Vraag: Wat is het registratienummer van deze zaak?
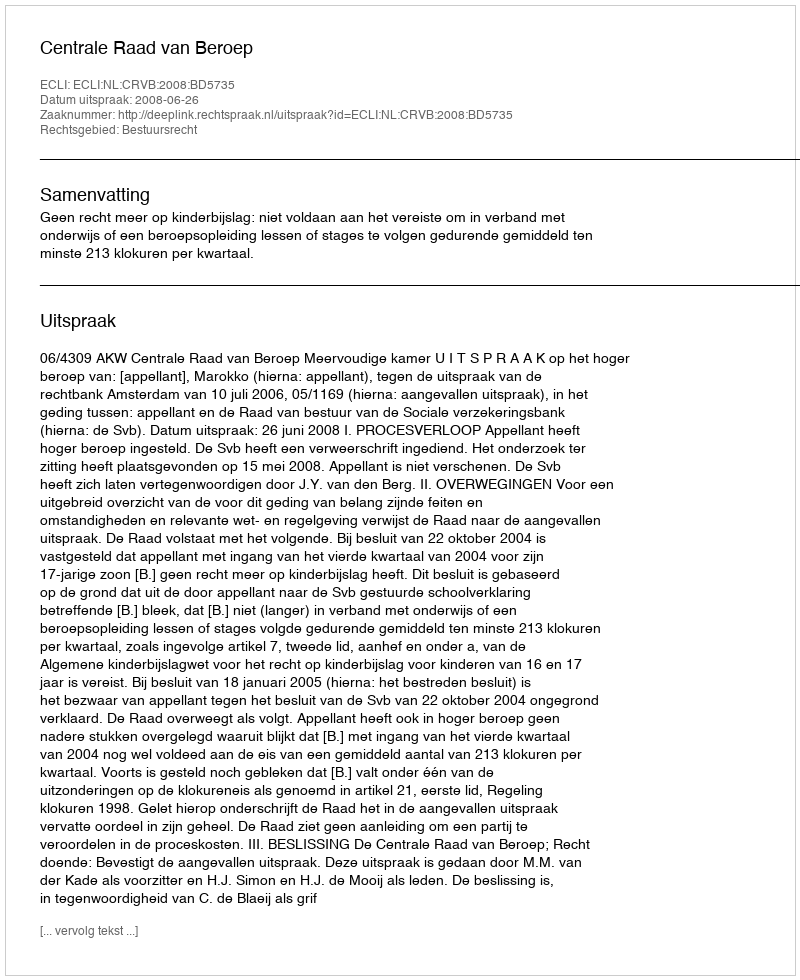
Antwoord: http://deeplink.rechtspraak.nl/uitspraak?id=ECLI:NL:CRVB:2008:BD5735